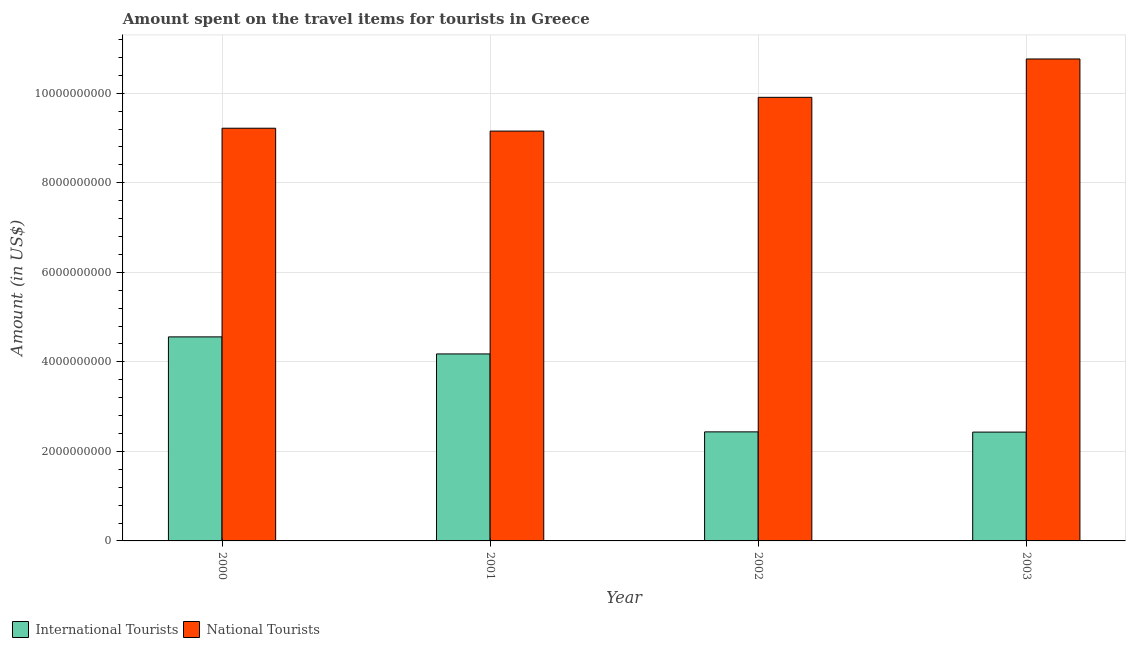
| Year | International Tourists | National Tourists |
 | --- | --- | --- |
 | 2000 | 4.56e+09 | 9.22e+09 |
 | 2001 | 4.18e+09 | 9.16e+09 |
 | 2002 | 2.44e+09 | 9.91e+09 |
 | 2003 | 2.43e+09 | 1.08e+10 |